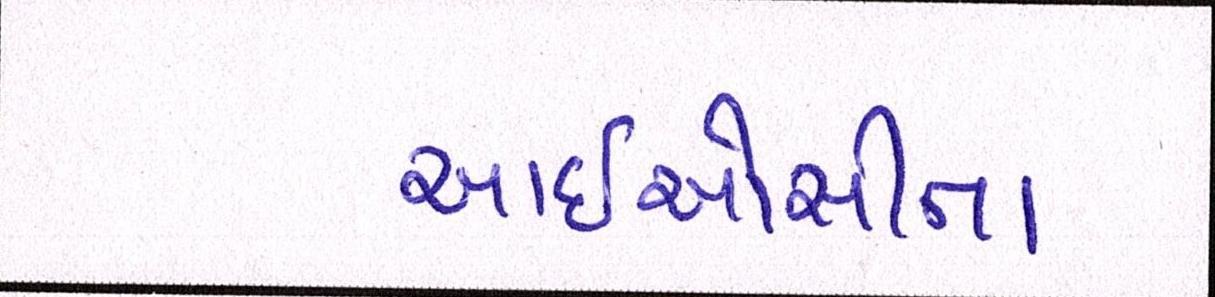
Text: આઈઓસીના